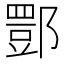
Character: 𨝾